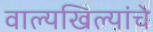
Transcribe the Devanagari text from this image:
वाल्यखिल्यांचे